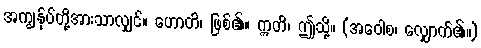
အကျွန်ုပ်တို့အားသာလျှင်။ ဟောတိ၊ ဖြစ်၏။ ဣတိ၊ ဤသို့။ (အဝေါစ၊ လျှောက်၏။)